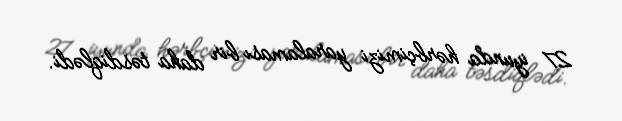
27 iyunda hərbçimizi yaralaması bir daha təsdiqlədi.